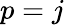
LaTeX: p=j